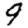
Digit: 9